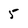
Character: 5